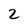
Character: 2